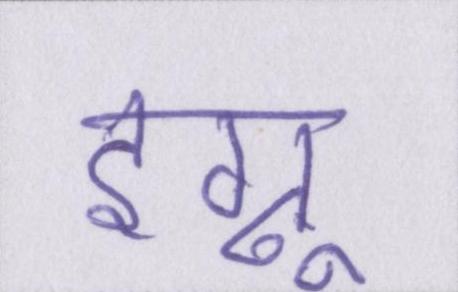
इग्नू